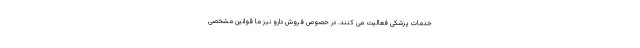
خدمات پزشکی فعالیت می کنند. در خصوص فروش دارو نیز ما قوانین مشخصی